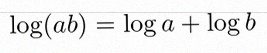
\log(ab)=\log a+\log b